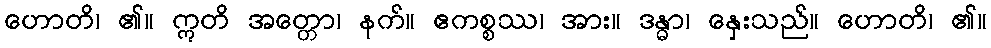
ဟောတိ၊ ၏။ ဣတိ အတ္တော၊ နက်။ ဧကစ္စဿ၊ အား။ ဒန္ဓာ၊ နှေးသည်။ ဟောတိ၊ ၏။